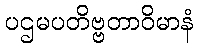
ပဌမပတိဗ္ဗတာဝိမာနံ